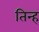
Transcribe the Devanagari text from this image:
तिन्ह